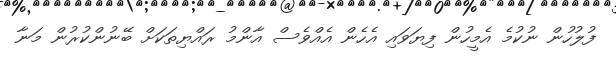
ފުލުހުން ނުކުމެ އެމީހުން ފިޔަވައި އެހެން އެއްވެސް އާންމު ރައްޔިތަކަށް ބޭނުންކުރުން މަނާ